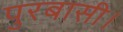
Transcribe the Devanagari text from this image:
पुरबासी।